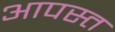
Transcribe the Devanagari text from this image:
आपस्त